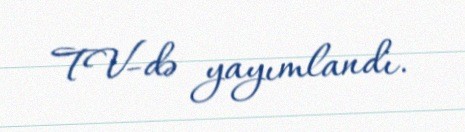
TV-də yayımlandı.